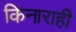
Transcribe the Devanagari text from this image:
किनाराही